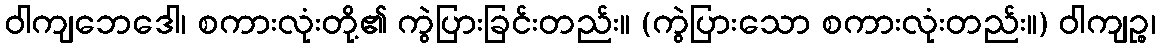
ဝါကျဘေဒေါ၊ စကားလုံးတို့၏ ကွဲပြားခြင်းတည်း။ (ကွဲပြားသော စကားလုံးတည်း။) ဝါကျဉ္စ၊